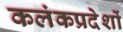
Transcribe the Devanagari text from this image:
कलंकप्रदेशों